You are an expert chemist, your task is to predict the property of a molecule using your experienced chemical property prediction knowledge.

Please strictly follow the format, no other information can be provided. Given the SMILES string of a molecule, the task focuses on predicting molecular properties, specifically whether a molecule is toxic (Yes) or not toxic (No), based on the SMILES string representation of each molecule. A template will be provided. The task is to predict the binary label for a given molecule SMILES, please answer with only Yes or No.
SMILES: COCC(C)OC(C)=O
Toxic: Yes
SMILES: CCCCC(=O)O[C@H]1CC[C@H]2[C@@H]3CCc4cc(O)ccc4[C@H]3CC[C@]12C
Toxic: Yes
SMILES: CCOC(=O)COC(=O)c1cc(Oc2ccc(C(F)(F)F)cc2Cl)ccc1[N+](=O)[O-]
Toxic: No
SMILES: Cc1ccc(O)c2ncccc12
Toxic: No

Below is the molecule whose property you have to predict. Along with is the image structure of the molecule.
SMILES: NC(=O)Nc1nc2ccccc2[nH]1
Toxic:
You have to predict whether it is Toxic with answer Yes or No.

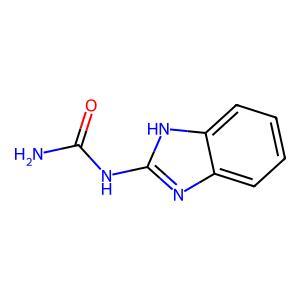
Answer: No